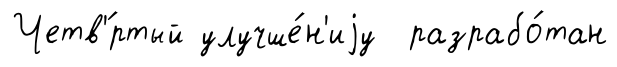
Четв'́ртый улучше́н'иjу разрабо́тан